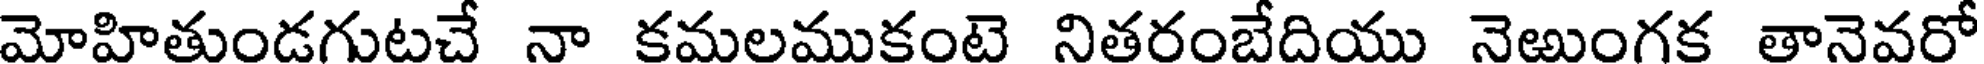
మోహితుండగుటచే నా కమలముకంటె నితరంబేదియు నెఱుంగక తానెవరో